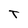
Character: T